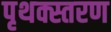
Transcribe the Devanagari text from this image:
पृथक्स्तरण